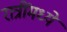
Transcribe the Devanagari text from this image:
रात्रींमध्ये